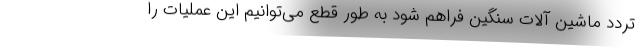
تردد ماشین آلات سنگین فراهم شود به طور قطع می‌توانیم این عملیات را